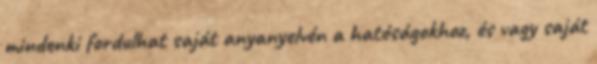
mindenki fordulhat saját anyanyelvén a hatóságokhoz, és vagy saját